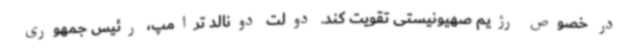
در خصوص رژیم صهیونیستی تقویت کند. دولت دونالد ترامپ، رئیس جمهوری